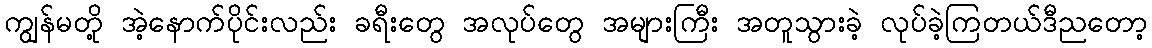
ကျွန်မတို့ အဲ့နောက်ပိုင်းလည်း ခရီးတွေ အလုပ်တွေ အများကြီး အတူသွားခဲ့ လုပ်ခဲ့ကြတယ်ဒီညတော့